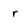
Character: r